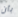
بأن